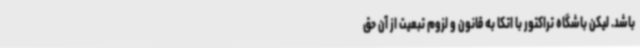
‌باشد. لیکن باشگاه تراکتور با اتکا به قانون و لزوم تبعیت از آن حق